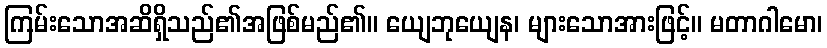
ကြမ်းသောအဆိရှိသည်၏အဖြစ်မည်၏။ ယျေဘုယျေန၊ များသောအားဖြင့်။ မတာဂါမော၊